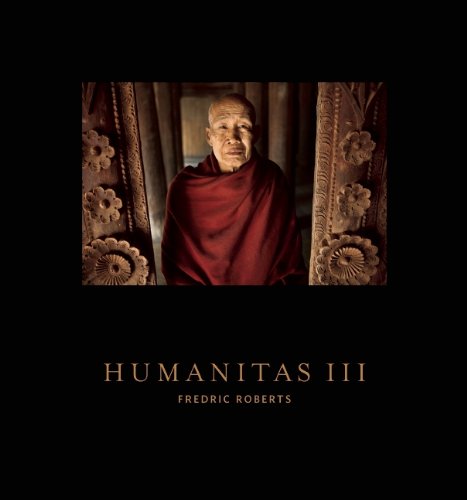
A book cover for Humanitas III: The People of Burma; Travel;